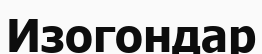
Изогондар